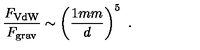
{ \frac { F _ { \mathrm { V d W } } } { F _ { \mathrm { g r a v } } } } \sim \left( { \frac { 1 { m m } } { d } } \right) ^ { 5 } \ .